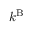
k ^ { \mathrm { B } }